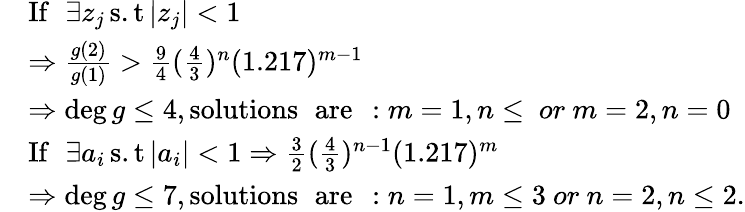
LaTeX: \begin{array}{rl}&{\operatorname{If\ }\exists z_{j}\operatorname{s.t}|z_{j}|<1}\\ &{\Rightarrow\frac{g(2)}{g(1)}>\frac{9}{4}(\frac{4}{3})^{n}(1.217)^{m-1}}\\ &{\Rightarrow\deg g\leq 4,\operatorname{solutions\ are\ }:m=1,n\leq\ or\ m=2,n=0}\\ &{\operatorname{If\ }\exists a_{i}\operatorname{s.t}|a_{i}|<1\Rightarrow\frac{3}{2}(\frac{4}{3})^{n-1}(1.217)^{m}}\\ &{\Rightarrow\deg g\leq 7,\operatorname{solutions\ are\ }:n=1,m\leq 3\ or\ n=2,n\leq 2.}\end{array}